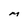
Character: M